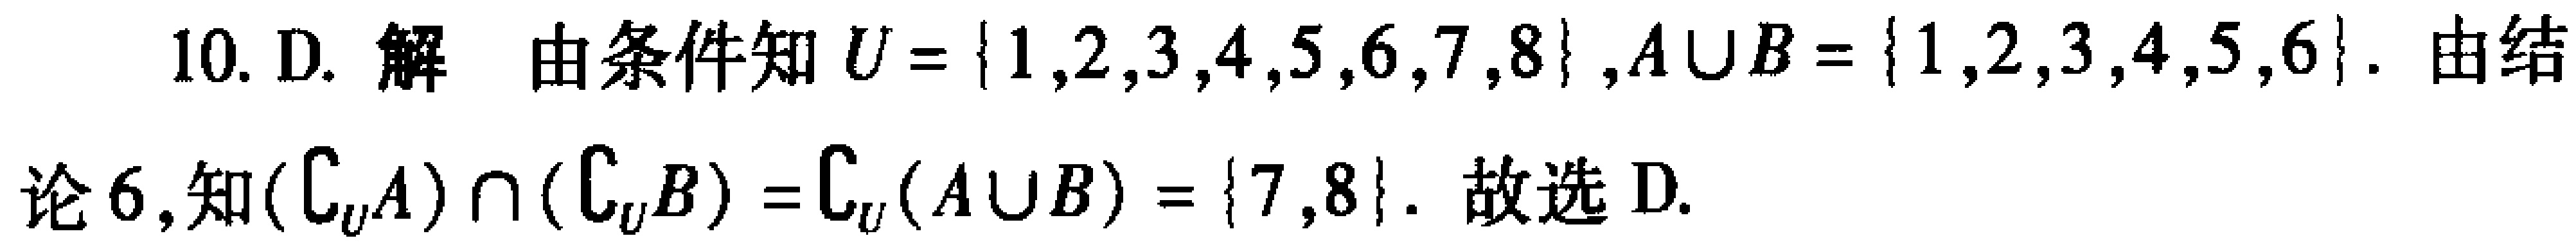
10. D. 解 由条件知 \(U = \{1,2,3,4,5,6,7,8\}\), \(A\cup B = \{1,2,3,4,5,6\}\). 由结论 6,知\((\complement_U A)\cap(\complement_U B)=\complement_U(A\cup B)=\{7,8\}\). 故选 D.